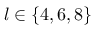
l \in \{ 4 , 6 , 8 \}